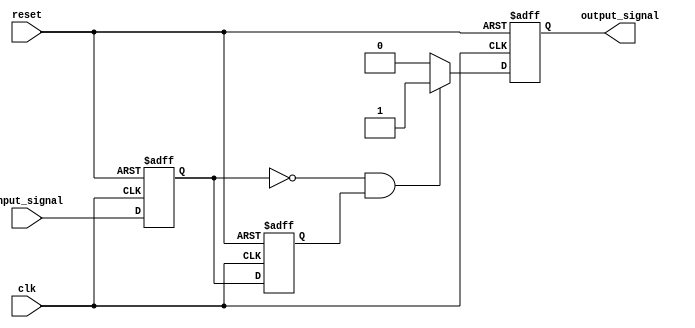
module falling_edge_detector (
    input wire clk,               // Clock signal
    input wire reset,             // Reset signal
    input wire input_signal,       // Input signal to detect falling edge
    output reg output_signal       // Output signal indicating falling edge
);

// Internal signals to hold the current and previous states
reg current_state;              // FF1 - current state of input_signal
reg previous_state;             // FF2 - previous state of input_signal

// Sequential logic for the falling edge detector
always @(posedge clk or posedge reset) begin
    if (reset) begin
        current_state <= 1'b0;   // Reset current state
        previous_state <= 1'b0;  // Reset previous state
        output_signal <= 1'b0;    // Reset output signal
    end else begin
        // Update the states
        current_state <= input_signal; // Sample current input_signal
        previous_state <= current_state; // Store the previous state
        
        // Determine if a falling edge has occurred
        if (current_state == 1'b0 && previous_state == 1'b1) begin
            output_signal <= 1'b1; // Falling edge detected
        end else begin
            output_signal <= 1'b0; // No falling edge
        end
    end
end

endmodule